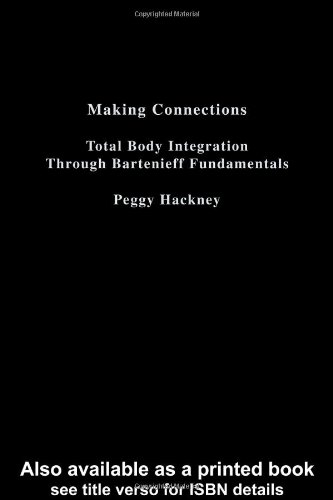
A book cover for Making Connections: Total Body Integration Through Bartenieff Fundamentals; Peggy Hackney; Humor & Entertainment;